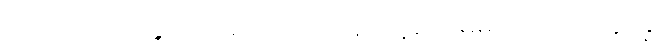
ပေါ်လာတဲ့ အခွင့်အရေးကို အမိအရယူရလိမ့်မယ်၊ ထထကြွကြွ